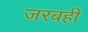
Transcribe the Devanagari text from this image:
जरबही